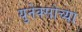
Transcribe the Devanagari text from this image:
युनेक्सोच्या